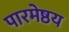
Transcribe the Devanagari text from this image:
पारमेष्ठय